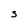
Character: S